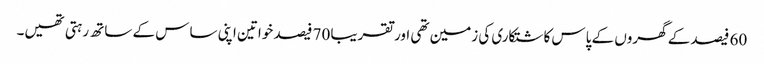
60 فیصد کے گھروں کے پاس کاشتکاری کی زمین تھی اور تقریبا 70 فیصد خواتین اپنی ساس کے ساتھ رہتی تھیں۔